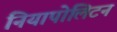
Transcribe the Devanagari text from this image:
नियापोलिटन